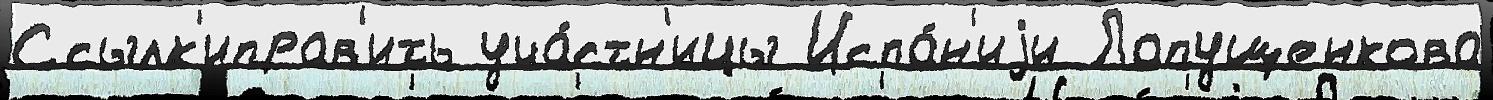
Ссылк'иправ'ить уча́стн'ицы Испа́н'иjи Лапущенкова